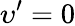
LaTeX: \upsilon^{\prime}=0